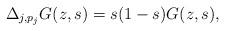
LaTeX: \begin{align*}\Delta_{j,p_j} G(z,s)=s(1-s) G(z,s),\end{align*}